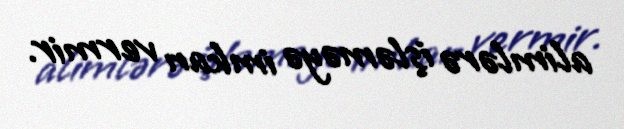
alimlərə işləməyə imkan vermir.